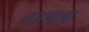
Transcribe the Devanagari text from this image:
तात्याबा